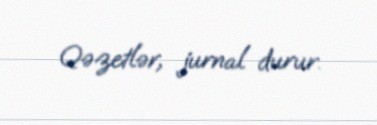
Qəzetlər, jurnal durur.